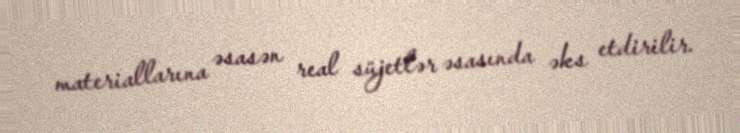
materiallarına əsasən real süjetlər əsasında əks etdirilir.